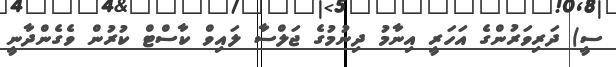
ސީ) ދަރިވަރުންގެ އަހަރީ އިނާމު ދިނުމުގެ ޖަލްސާ ލައިވް ކާސްޓް ކުރުން ވެގެންދާނީ